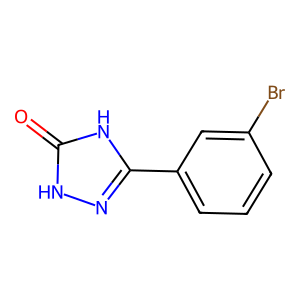
SMILES: O=c1[nH]nc(-c2cccc(Br)c2)[nH]1
Inhibits HIV replication: No